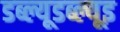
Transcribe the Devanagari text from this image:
डब्ल्यूडब्ल्यूइ